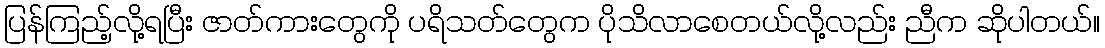
ပြန်ကြည့်လို့ရပြီး ဇာတ်ကားတွေကို ပရိသတ်တွေက ပိုသိလာစေတယ်လို့လည်း ညီက ဆိုပါတယ်။